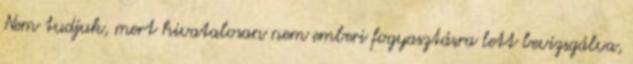
Nem tudjuk, mert hivatalosan nem emberi fogyasztásra lett bevizsgálva,